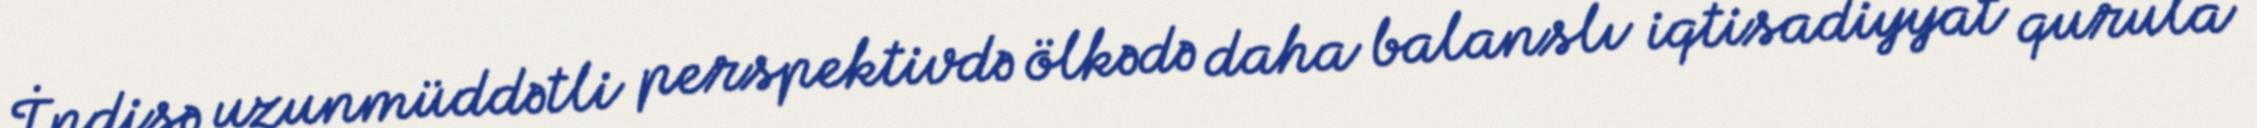
İndisə uzunmüddətli perspektivdə ölkədə daha balanslı iqtisadiyyat qurula